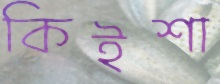
কিইশা